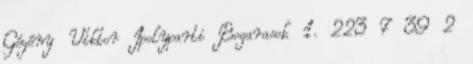
Gégény Viktor Ipolyparti Bogarasok 1. 223 7 39 2